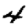
Digit: 4